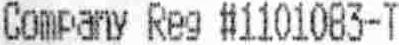
COMPANY REG #1101083-T